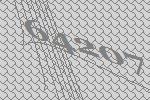
64207